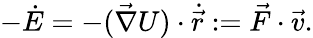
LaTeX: -\dot{E}=-(\vec{\nabla}U)\cdot\dot{\vec{r}}:=\vec{F}\cdot\vec{v}.